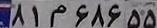
۸۱م۶۸۶۵۵